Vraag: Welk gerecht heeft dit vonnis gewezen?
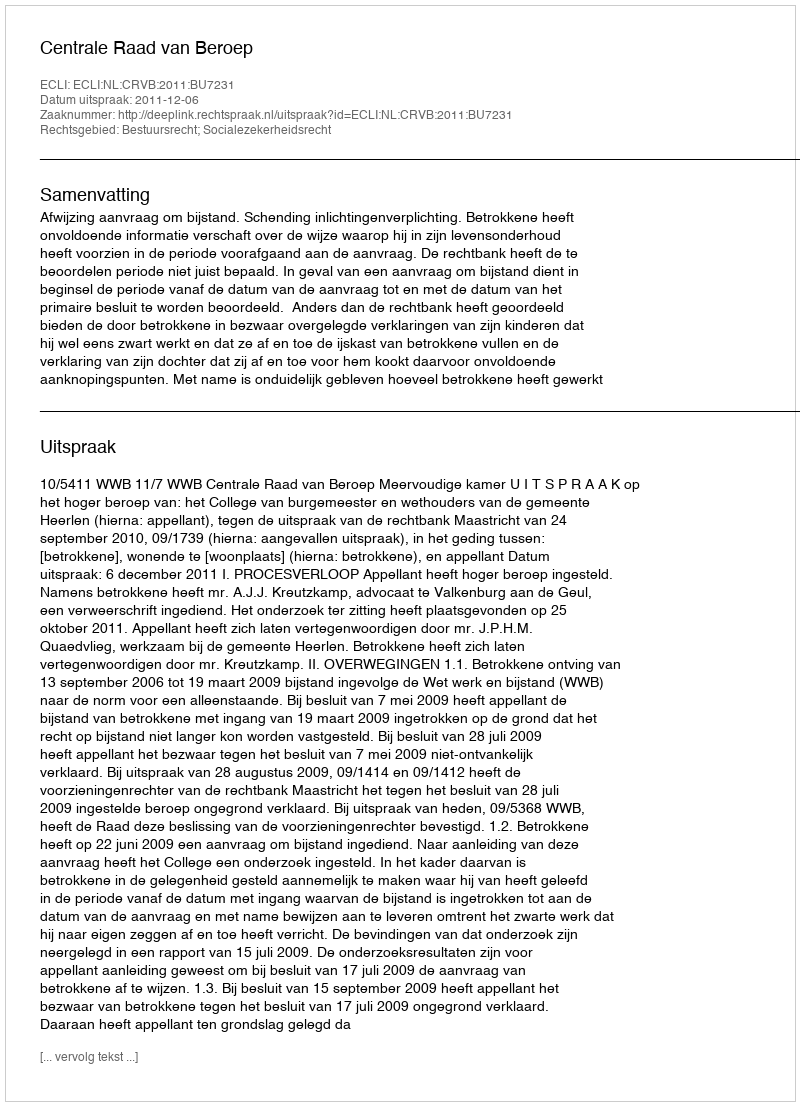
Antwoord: Centrale Raad van Beroep